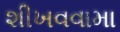
શીખવવામા